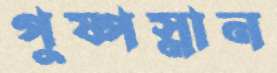
পুষ্পস্নান